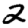
Digit: 2